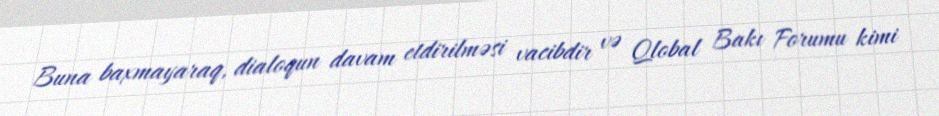
Buna baxmayaraq, dialoqun davam etdirilməsi vacibdir və Qlobal Bakı Forumu kimi